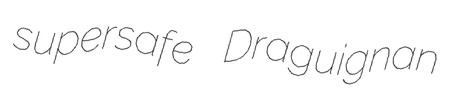
supersafe Draguignan